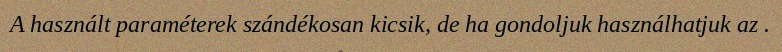
A használt paraméterek szándékosan kicsik, de ha gondoljuk használhatjuk az .